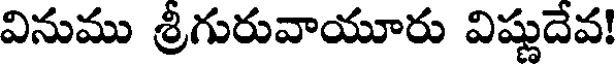
వినుము శ్రీగురువాయూరు విష్ణుదేవ!